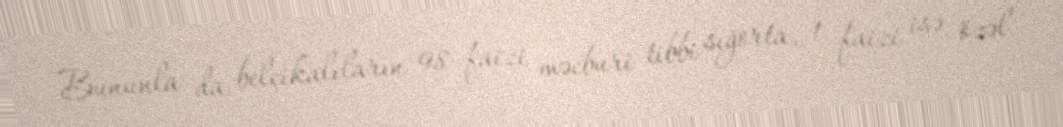
Bununla da belçikalıların 98 faizi məcburi tibbi sığorta, 1 faizi isə özəl